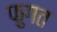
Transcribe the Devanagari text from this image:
फुगत